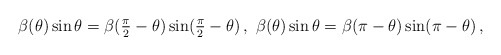
\begin{align*}\begin{aligned}\beta (\theta) \sin \theta = \beta (\tfrac{\pi}{2} - \theta) \sin (\tfrac{\pi}{2} - \theta) \,, \ \beta (\theta) \sin \theta = \beta (\pi - \theta) \sin (\pi - \theta) \,,\end{aligned}\end{align*}